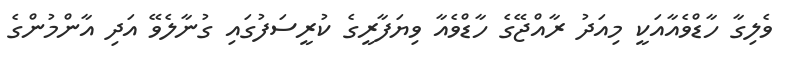
ވެލިގާ ހާޑްވެއާއަކީ މިއަދު ރާއްޖޭގެ ހާޑްވެއާ ވިޔަފާރީގެ ކުރީސަފުގައި ގުނާލެވޭ އަދި އާންމުންގެ